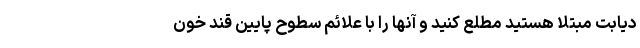
دیابت مبتلا هستید مطلع کنید و آنها را با علائم سطوح پایین قند خون